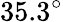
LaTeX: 35.3^{\circ}